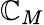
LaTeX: \mathbb{C}_{M}